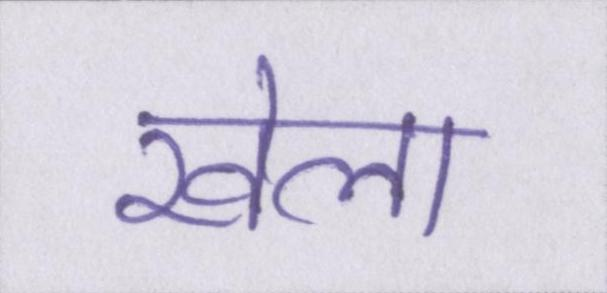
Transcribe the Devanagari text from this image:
खेला